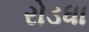
રોડધા